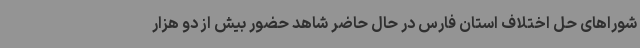
شوراهای حل اختلاف استان فارس در حال حاضر شاهد حضور بیش از دو هزار